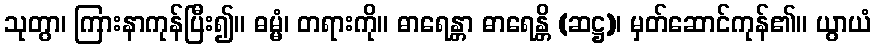
သုတွာ၊ ကြားနာကုန်ပြီး၍။ ဓမ္မံ၊ တရားကို။ ဓာရေန္တာ ဓာရေန္တိ (ဆဋ္ဌ)၊ မှတ်ဆောင်ကုန်၏။ ယွာယံ